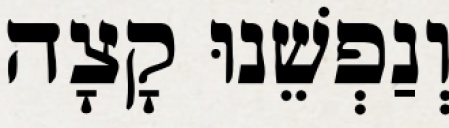
וְנַפְשֵׁנוּ קָצָה